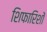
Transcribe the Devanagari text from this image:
शिफारिशों